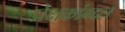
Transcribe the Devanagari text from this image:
प्रेक्षकांबद्दल